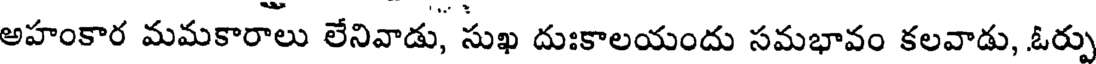
అహంకార మమకారాలు లేనివాడు, సుఖ దుఃకాలయందు సమభావం కలవాడు, ఓర్పు